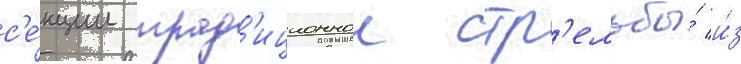
с'е́кции трад'иционнои стр'ельбы́ и́з